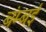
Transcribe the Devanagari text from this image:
बंम्बई